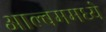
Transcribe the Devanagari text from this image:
आल्बममध्ये